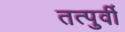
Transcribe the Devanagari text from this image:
तत्‍पुर्वी